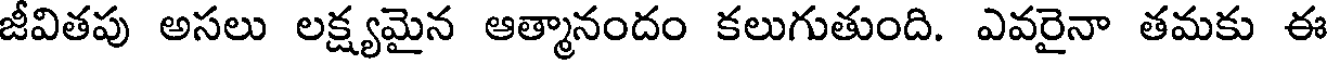
జీవితపు అసలు లక్ష్యమైన ఆత్మానందం కలుగుతుంది. ఎవరైనా తమకు ఈ